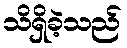
သိရှိခဲ့သည်